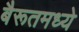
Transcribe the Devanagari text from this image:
बैरूतमध्ये